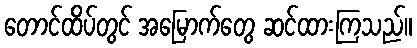
တောင်ထိပ်တွင် အမြောက်တွေ ဆင်ထားကြသည်။